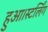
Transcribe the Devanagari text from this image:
हुआ।स्टर्लिंग